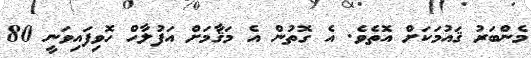
މެންބަރު ޤައުމަކަށް އޮތެވެ. އެ ގޮތުން އެ މަޤާމަށް އަފުލާހް ހޮވިފައިވަނީ 80